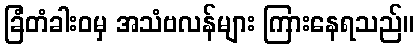
ခြံတံခါးဝမှ အသံဗလန်များ ကြားနေရသည်။